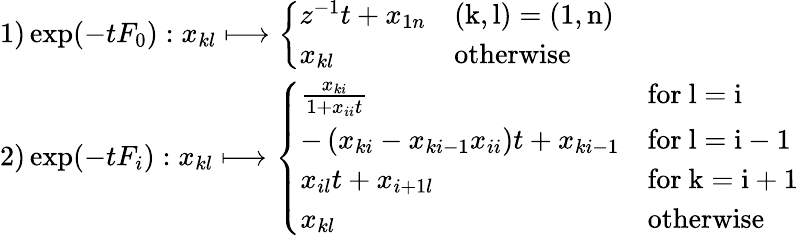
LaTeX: \begin{array}{l}{{1)\exp(-tF_{0}):x_{kl}\longmapsto\left\{ \begin{array}{ll}{{z^{-1}t+x_{1n}}}&{{\mathrm{(k,l)=(1,n)}}}\\ {{x_{kl}}}&{{\mathrm{otherwise}}}\end{array}\right.}}\\ {{2)\exp(-tF_{i}):x_{kl}\longmapsto\left\{ \begin{array}{ll}{{\frac{x_{ki}}{1+x_{ii}t}}}&{{\mathrm{for~l=i~}}}\\ {{-\left(x_{ki}-x_{ki-1}x_{ii}\right)t+x_{ki-1}}}&{{\mathrm{for~l=i-1~}}}\\ {{x_{il}t+x_{i+1l}}}&{{\mathrm{for~k=i+1~}}}\\ {{x_{kl}}}&{{\mathrm{otherwise}}}\end{array}\right.}}\end{array}